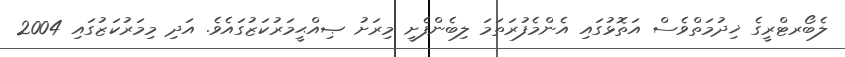
ލެބޯރޓްރީގެ ޚިދުމަތްވެސް އަތޮޅުގައި އެންމެފުރަތަމަ ލިބެންފެށީ މިރަށު ޞިއްޙީމަރުކަޒުގައެވެ. އަދި މިމަރުކަޒުގައި 2004